Vaccination in Burma 1920-1933 - 1920-1933
Year: 1920
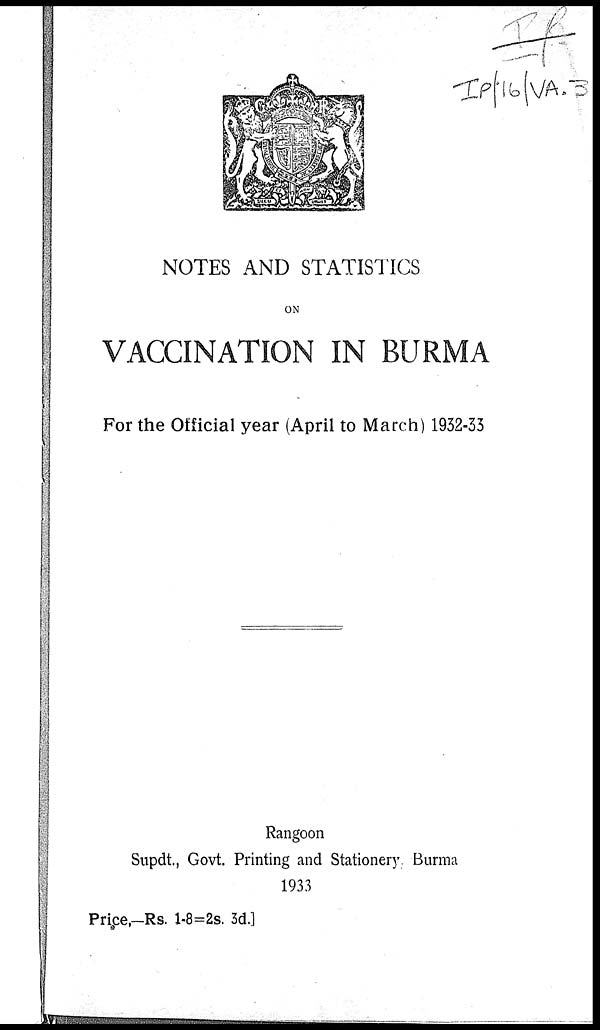
NOTES AND STATISTICS
ON
VACCINATION IN BURMA
For the Official year (April to March) 1932-33
Rangoon
Supdt., Govt. Printing and Stationery. Burma
1933
Price,—Rs. 1-8=2s. 3d.]